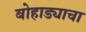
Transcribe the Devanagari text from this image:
बोहाड्याचा